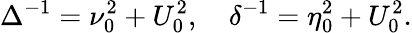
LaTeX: \Delta^{-1}=\nu_{0}^{2}+U_{0}^{2},\quad\delta^{-1}=\eta_{0}^{2}+U_{0}^{2}.